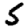
Digit: 5